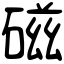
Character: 磁